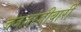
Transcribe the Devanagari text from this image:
जजज़ांज़ीबारी